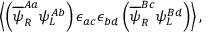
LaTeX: \left\langle \left( \overline { { { \psi } } } _ { R } ^ { A a } \psi _ { L } ^ { A b } \right) \epsilon _ { a c } \epsilon _ { b d } \left( \overline { { { \psi } } } _ { R } ^ { B c } \psi _ { L } ^ { B d } \right) \right\rangle ,